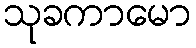
သုခကာမော